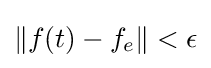
\|f(t)-f_{e}\|<\epsilon